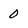
Character: 0